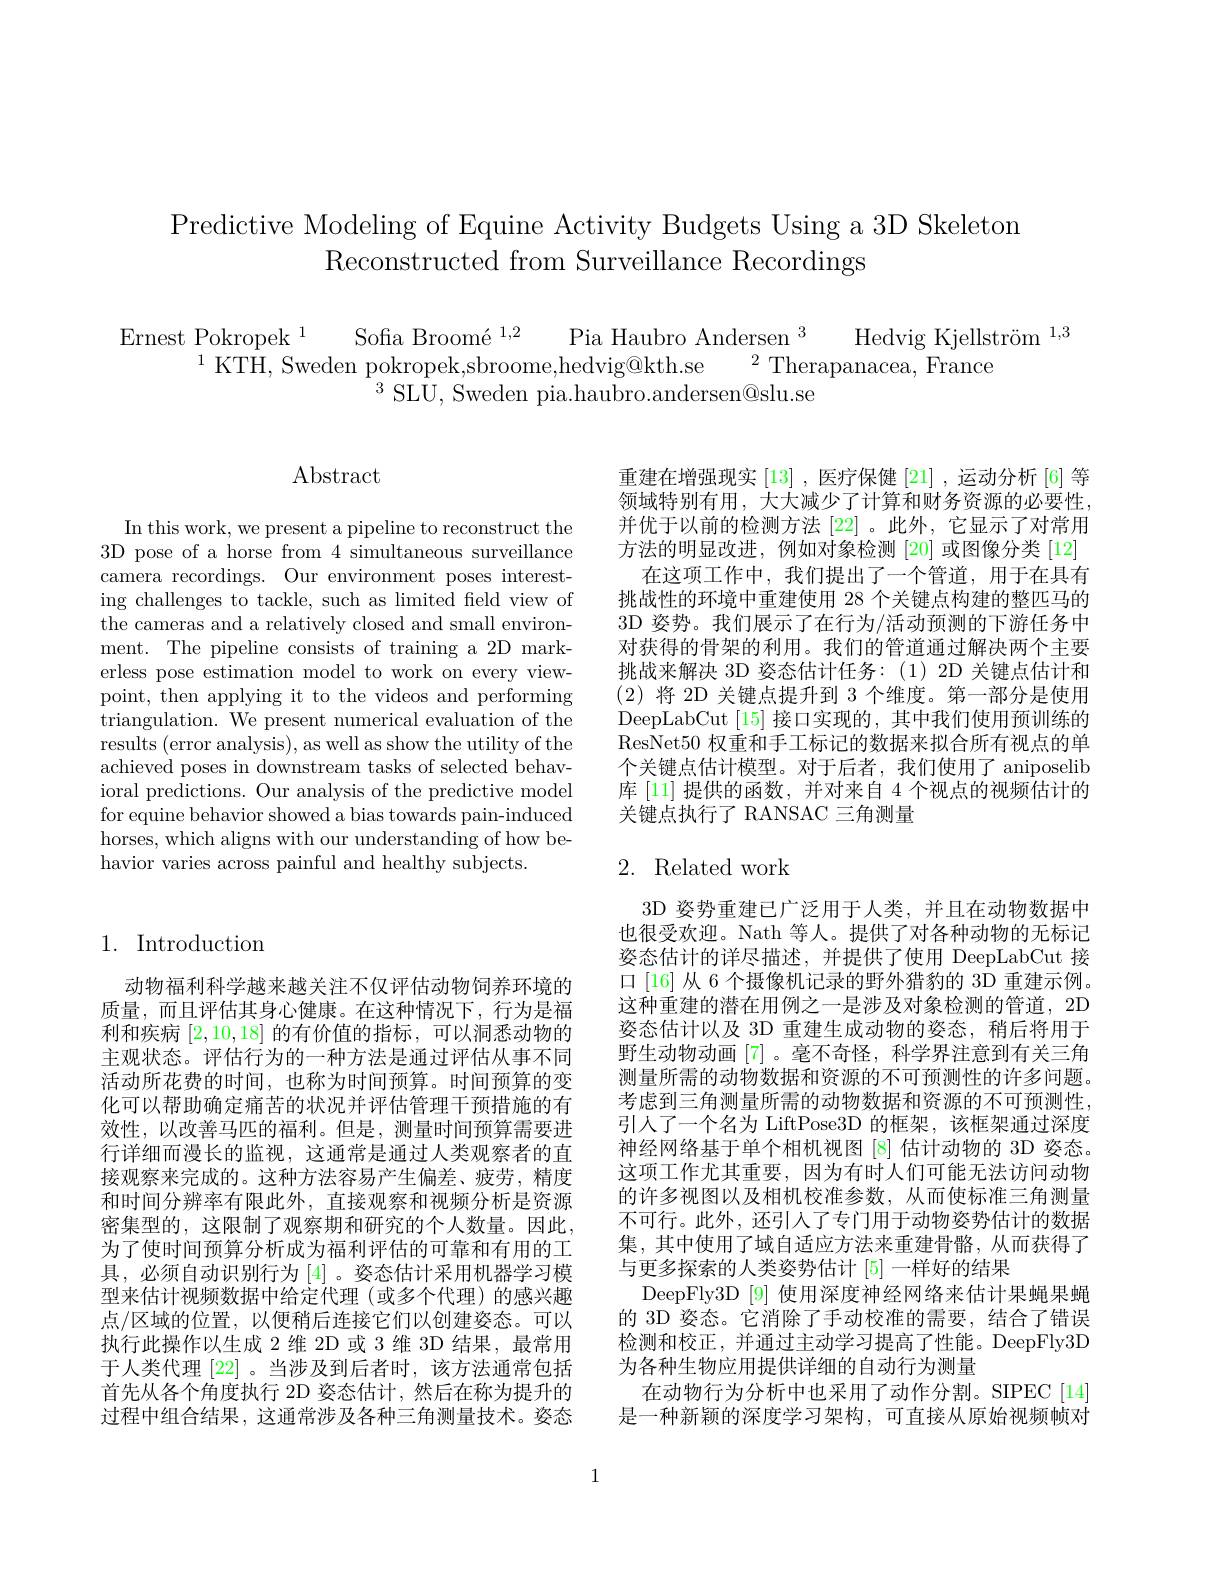
Predictive Modeling of Equine Activity Budgets Using a 3D Skeleton
Reconstructed from Surveillance Recordings

$\begin{array}{c}\text{Ernest Pokropek }^{1}&\text{Sofia Broomé }^{1,2}&\text{Pia Haubro Andersen}^{3}&\text{Hedvig Kjellström}^{1,3}\\&\text{KTH, Sweden pokropek,sbroome,hedvig@kth.se}&^{2}\text{Therapanacea, France}\end{array}$
$^{3}{\mathrm{SLU,~Sweden~pia.haubro.andersen@slu.se}}$

$\operatorname{Abstract}$

In this work, we present a pipeline to reconstruct the 3D pose of a horse from 4 simultaneous surveillance camera recordings. Our environment poses interesting challenges to tackle, such as limited feld view of the cameras and a relatively closed and small environment. The pipeline consists of training a 2D markerless pose estimation model to work on every viewpoint, then applying it to the videos and performing triangulation. We present numerical evaluation of the results (error analysis), as well as show the utility of the achieved poses in downstream tasks of selected behavioral predictions. Our analysis of the predictive model for equine behavior showed a bias towards pain-induced horses, which aligns with our understanding of how behavior varies across painful and healthy subjects.

## 1. Introduction

动物福利科学越来越关注不仅评估动物饲养环境的质量，而且评估其身心健康。在这种情况下，行为是福利和疾病[2,10,18]的有价值的指标，可以洞悉动物的主观状态。评估行为的一种方法是通过评估从事不同活动所花费的时间，也称为时间预算。时间预算的变化可以帮助确定痛苦的状况并评估管理干预措施的有效性，以改善马匹的福利。但是，测量时间预算需要进行详细而漫长的监视，这通常是通过人类观察者的直接观察来完成的。这种方法容易产生偏差、疲劳，精度和时间分辨率有限此外，直接观察和视频分析是资源密集型的，这限制了观察期和研究的个人数量。因此， 为了使时间预算分析成为福利评估的可靠和有用的工具，必须自动识别行为[4]。姿态估计采用机器学习模型来估计视频数据中给定代理 (或多个代理)的感兴趣点/区域的位置，以便稍后连接它们以创建姿态。可以执行此操作以生成 2 维 2D 或 3 维 3D 结果，最常用于人类代理[22] 。当涉及到后者时，该方法通常包括首先从各个角度执行 2D 姿态估计，然后在称为提升的过程中组合结果，这通常涉及各种三角测量技术。姿态

重建在增强现实[13] ,医疗保健 [21] ,运动分析 [6] 等领域特别有用，大大减少了计算和财务资源的必要性， 并优于以前的检测方法 [22] 。此外，它显示了对常用方法的明显改进，例如对象检测[20]或图像分类[12]
在这项工作中，我们提出了一个管道，用于在具有挑战性的环境中重建使用 28 个关键点构建的整匹马的3D 姿势。我们展示了在行为/活动预测的下游任务中对获得的骨架的利用。我们的管道通过解决两个主要挑战来解决 3D 姿态估计任务：(1)2D 关键点估计和(2)将 2D 关键点提升到 3 个维度。第一部分是使用DeepLabCut [15]接口实现的，其中我们使用预训练的ResNet50 权重和手工标记的数据来拟合所有视点的单个关键点估计模型。对于后者，我们使用了 aniposelib 库 [11] 提供的函数，并对来自 4 个视点的视频估计的关键点执行了 RANSAC 三角测量

## 2. Related work

3D 姿势重建已广泛用于人类，并且在动物数据中也很受欢迎。Nath 等人。提供了对各种动物的无标记姿态估计的详尽描述，并提供了使用 DeepLabCut 接口[16] 从 6 个摄像机记录的野外猎豹的 3D 重建示例。这种重建的潜在用例之一是涉及对象检测的管道，2D 姿态估计以及 3D 重建生成动物的姿态，稍后将用于野生动物动画[7]。毫不奇怪，科学界注意到有关三角测量所需的动物数据和资源的不可预测性的许多问题。考虑到三角测量所需的动物数据和资源的不可预测性， 引人了一个名为 LiftPose3D 的框架，该框架通过深度神经网络基于单个相机视图[8]估计动物的 3D 姿态。这项工作尤其重要，因为有时人们可能无法访问动物的许多视图以及相机校准参数，从而使标准三角测量不可行。此外，还引人了专门用于动物姿势估计的数据集，其中使用了域自适应方法来重建骨骼，从而获得了与更多探索的人类姿势估计[5]一样好的结果
DeepFly3D [9] 使用深度神经网络来估计果蝇果蝇的 3D 姿态。它消除了手动校准的需要，结合了错误检测和校正，并通过主动学习提高了性能。DeepFly3D 为各种生物应用提供详细的自动行为测量
在动物行为分析中也采用了动作分割。SIPEC[14] 是一种新颖的深度学习架构，可直接从原始视频帧对

1